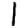
Digit: 1